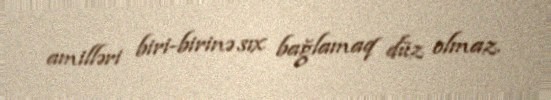
amilləri biri-birinə sıx bağlamaq düz olmaz.